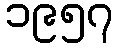
၁၉၅၇